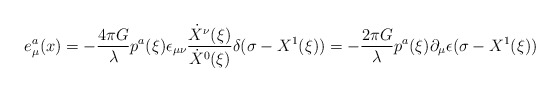
\begin{align*}e^a_\mu(x)=-\frac{4\pi G}{\lambda} p^a(\xi)\epsilon_{\mu\nu}{\dot X^\nu(\xi)\over \dot X^0(\xi)}\delta(\sigma-X^1(\xi))=-\frac{2\pi G}{\lambda} p^a(\xi)\partial_\mu \epsilon (\sigma-X^1(\xi))\end{align*}